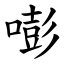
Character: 嘭